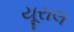
યૂરાલ